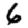
Digit: 6